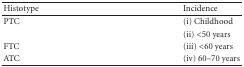
| Histotype | Incidence |
 | --- | --- |
 | PTC | (i) Childhood |
 |  | (ii) <50 years |
 | FTC | (iii) <60 years |
 | ATC | (iv) 60–70 years |